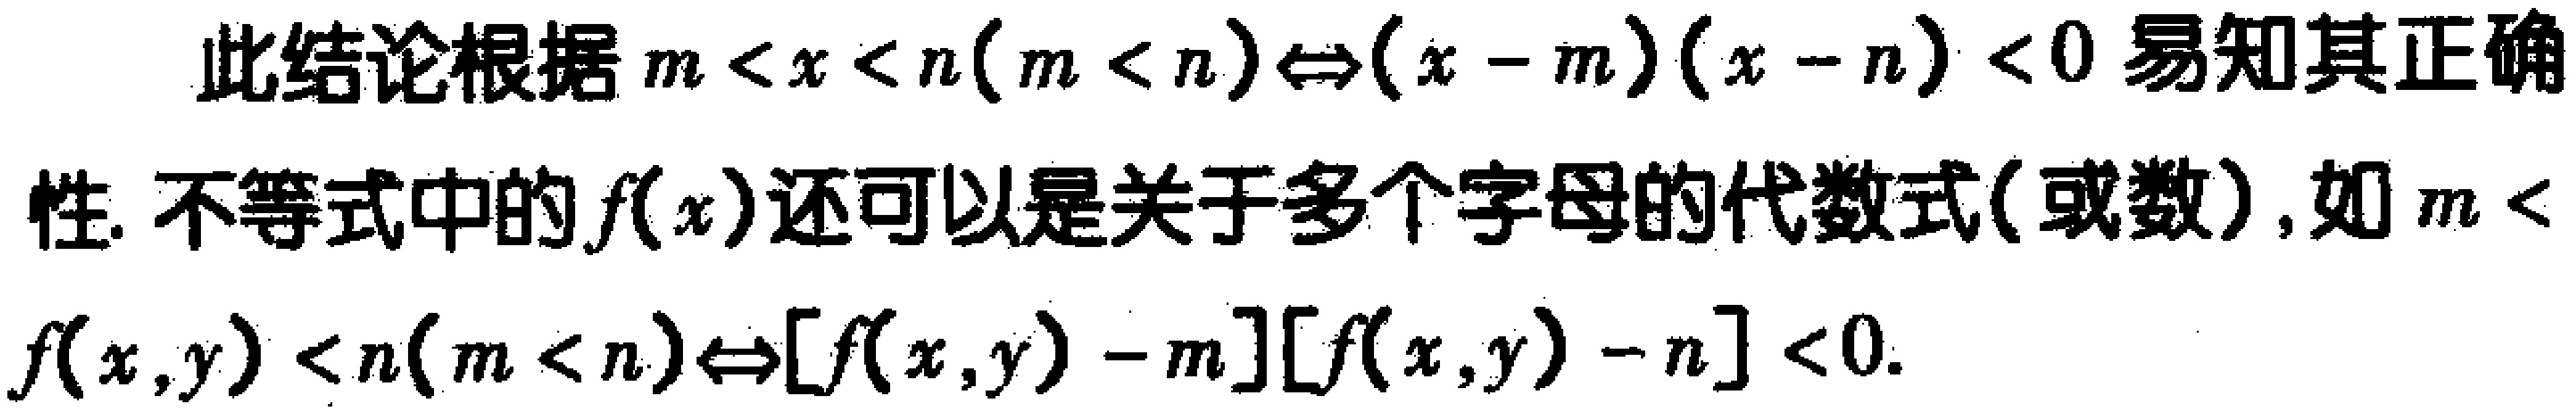
此结论根据\(m < x < n(m < n)\Leftrightarrow(x - m)(x - n) < 0\)易知其正确性. 不等式中的\(f(x)\)还可以是关于多个字母的代数式(或数), 如\(m < f(x,y) < n(m < n)\Leftrightarrow[f(x,y) - m][f(x,y) - n] < 0\).